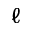
\ell